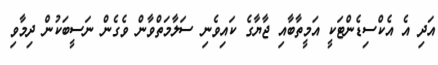
އަދި އެ އެކްސިޑެންޓަކީ އަމީތާބާއި ޖާޔާގެ ކައިވެނި ސަލާމަތްވާން ވެގެން ނަސީބަކުން ދިމާވި